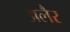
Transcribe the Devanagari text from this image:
अलैर